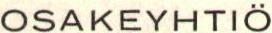
OSAKEYHTIÖ